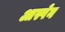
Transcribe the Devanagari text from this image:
आस्पेन